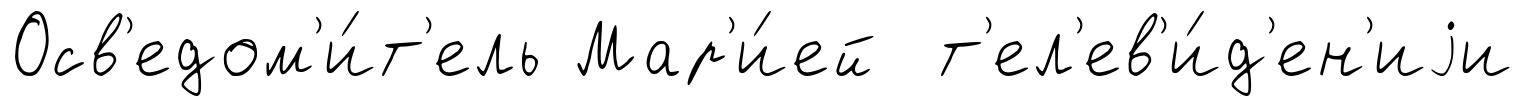
Осв'едом'и́т'ель Мар'и́ей т'ел'ев'и́д'ен'иjи